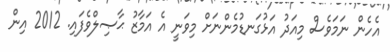
އެހެން ނަމަވެސް މިއަދު އަޅުގަނޑުމެންނަށް މިވަނީ އެ އަމާޒު ޙާޞިލްވެފައި. 2012 އިން